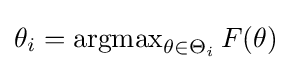
\theta _{i}=\operatorname {argmax} _{\theta \in \Theta _{i}}F(\theta )